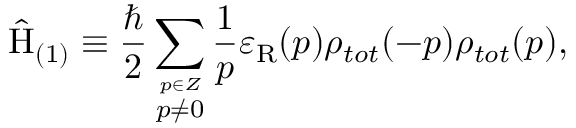
\hat { \mathrm { H } } _ { ( 1 ) } \equiv \frac { \hbar } { 2 } \sum _ { \stackrel { p \in \cal Z } { p \neq 0 } } \frac { 1 } { p } \varepsilon _ { \mathrm { R } } ( p ) \rho _ { t o t } ( - p ) \rho _ { t o t } ( p ) ,